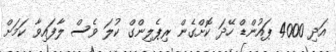
އަދި 4000 ޕައުންޑް ހޭދަ ކޮށްގެން ރިޕެލިންގް ކުލަ ވެސް ލާފައިވާ ކަމަށް